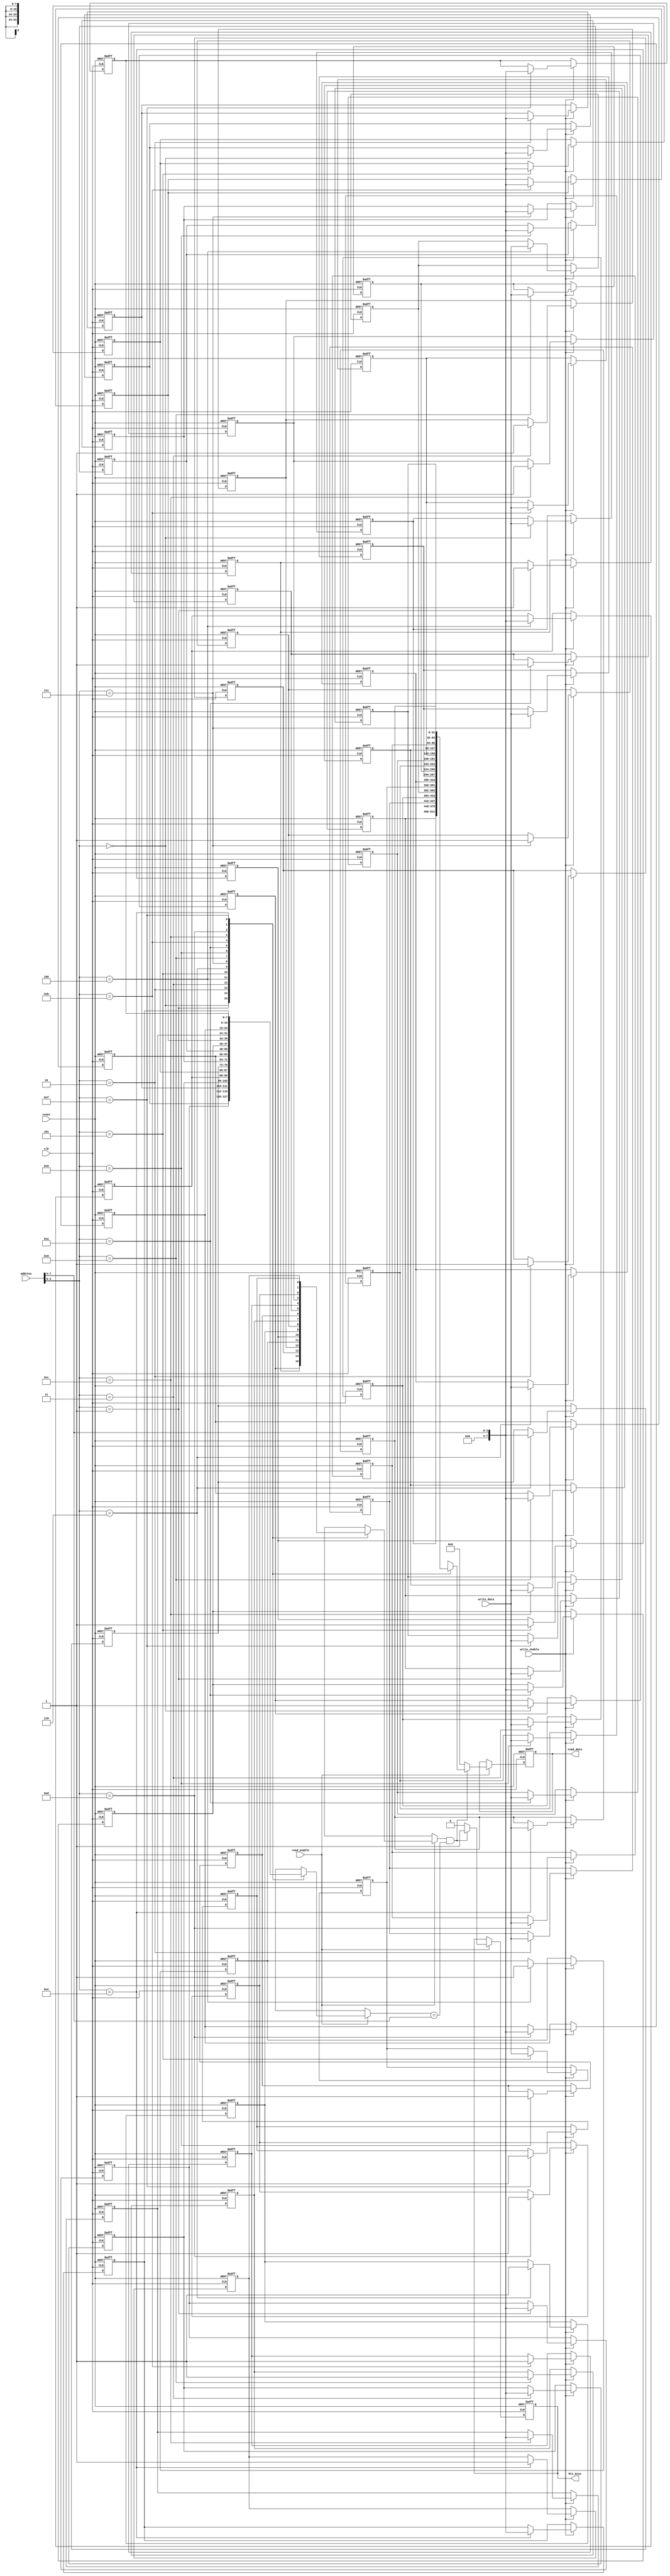
module DirectMappedCache #(
    parameter CACHE_LINES = 16,  // Number of cache lines
    parameter BLOCK_SIZE = 4,     // Block size in bytes
    parameter ADDRESS_WIDTH = 8   // Address width (must be enough to address CACHE_LINES * BLOCK_SIZE)
)(
    input  wire clk,
    input  wire reset,
    input  wire [ADDRESS_WIDTH-1:0] address,  // Address input
    input  wire [BLOCK_SIZE*8-1:0] write_data, // Data input for writes
    input  wire read_enable,                      // Read enable signal
    input  wire write_enable,                     // Write enable signal
    output reg  [BLOCK_SIZE*8-1:0] read_data,    // Read data output
    output reg  hit_miss                          // Hit/Miss indicator
);

    // Cache line structure
    reg [BLOCK_SIZE*8-1:0] cache_data [0:CACHE_LINES-1];  // Data storage
    reg [ADDRESS_WIDTH-1:0] cache_tag [0:CACHE_LINES-1];   // Tag storage
    reg valid_bit [0:CACHE_LINES-1];                       // Valid bits

    // Address decoding
    wire [ADDRESS_WIDTH-1:0] tag;         // Tag part of the address
    wire [3:0] index;                     // Index part of the address
    wire [1:0] block_offset;              // Block offset part of the address

    assign tag = address[ADDRESS_WIDTH-1:4]; // Assuming 4 bits for index
    assign index = address[3:0];            // Lower 4 bits for index
    assign block_offset = address[1:0];     // Lower 2 bits for block offset

    // Cache initialization logic
    integer i;
    always @(posedge clk or posedge reset) begin
        if (reset) begin
            for (i = 0; i < CACHE_LINES; i = i + 1) begin
                valid_bit[i] <= 1'b0;
                cache_data[i] <= {BLOCK_SIZE*8{1'b0}};
                cache_tag[i] <= {ADDRESS_WIDTH{1'b0}};
            end
            read_data <= {BLOCK_SIZE*8{1'b0}};
            hit_miss <= 1'b0;
        end else begin
            // Handle read operation
            if (read_enable) begin
                // Check for hit
                if (valid_bit[index] && (cache_tag[index] == tag)) begin
                    // Cache hit
                    read_data <= cache_data[index];
                    hit_miss <= 1'b1;
                end else begin
                    // Cache miss
                    read_data <= {BLOCK_SIZE*8{1'b0}}; // or some other miss handling strategy
                    hit_miss <= 1'b0;
                end
            end

            // Handle write operation
            if (write_enable) begin
                // Write data to cache line
                cache_data[index] <= write_data;
                cache_tag[index] <= tag;
                valid_bit[index] <= 1'b1; // Mark the line as valid
            end
        end
    end

endmodule